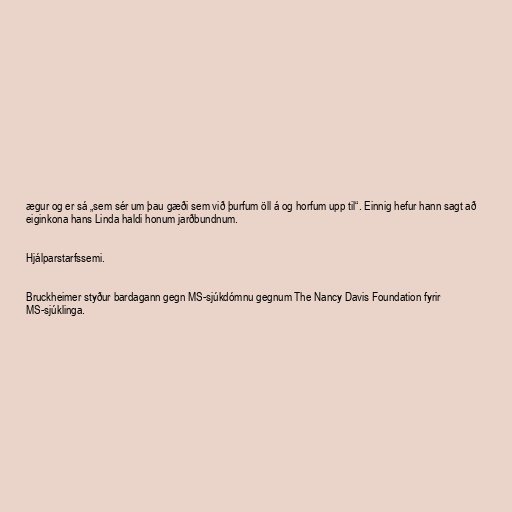
ægur og er sá „sem sér um þau gæði sem við þurfum öll á og horfum upp til“. Einnig hefur hann sagt að
eiginkona hans Linda haldi honum jarðbundnum.

Hjálparstarfssemi.

Bruckheimer styður bardagann gegn MS-sjúkdómnu gegnum The Nancy Davis Foundation fyrir
MS-sjúklinga.